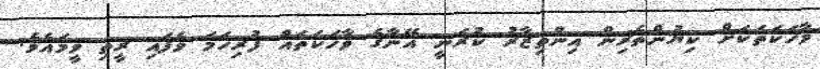
ވާހަކަތަކަށް ކިޔުންތެރިން އިންތިޒާރު ކުރަނީ އޭނާގެ ވާހަކަތައް ފުރިހަމަ ވެފައި ރީތި ވީމައެވެ.